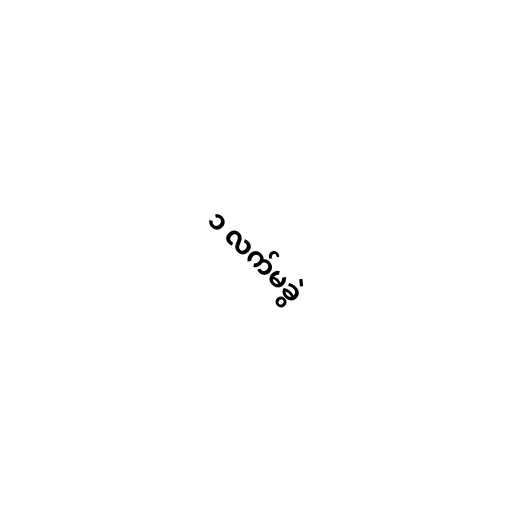
၁ လက်မခွဲ